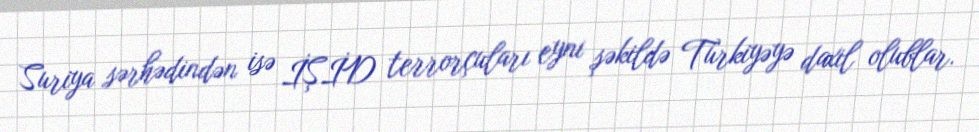
Suriya sərhədindən isə İŞİD terrorçuları eyni şəkildə Türkiyəyə daxil olublar.